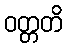
ဝတ္တတိ